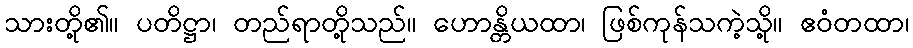
သားတို့၏။ ပတိဋ္ဌာ၊ တည်ရာတို့သည်။ ဟောန္တိယထာ၊ ဖြစ်ကုန်သကဲ့သို့။ ဧဝံတထာ၊